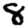
Digit: 8